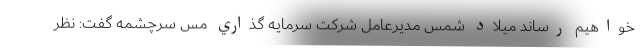
خواهيم رساند میلاد شمس مديرعامل شركت سرمايه گذاري مس سرچشمه گفت: نظر